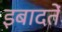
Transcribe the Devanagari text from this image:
इबादतें